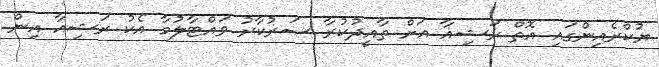
ޔުކްރެއިންގައި އޮތް ރަޝިއާ އަށް ތާއީދުކުރާ ސަރުކާރު ވައްޓާލުމާ އެކު ރަޝިއާ އިން